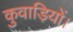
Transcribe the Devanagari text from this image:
कुवाड़ियों।